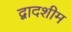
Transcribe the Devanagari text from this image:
द्वादशीम